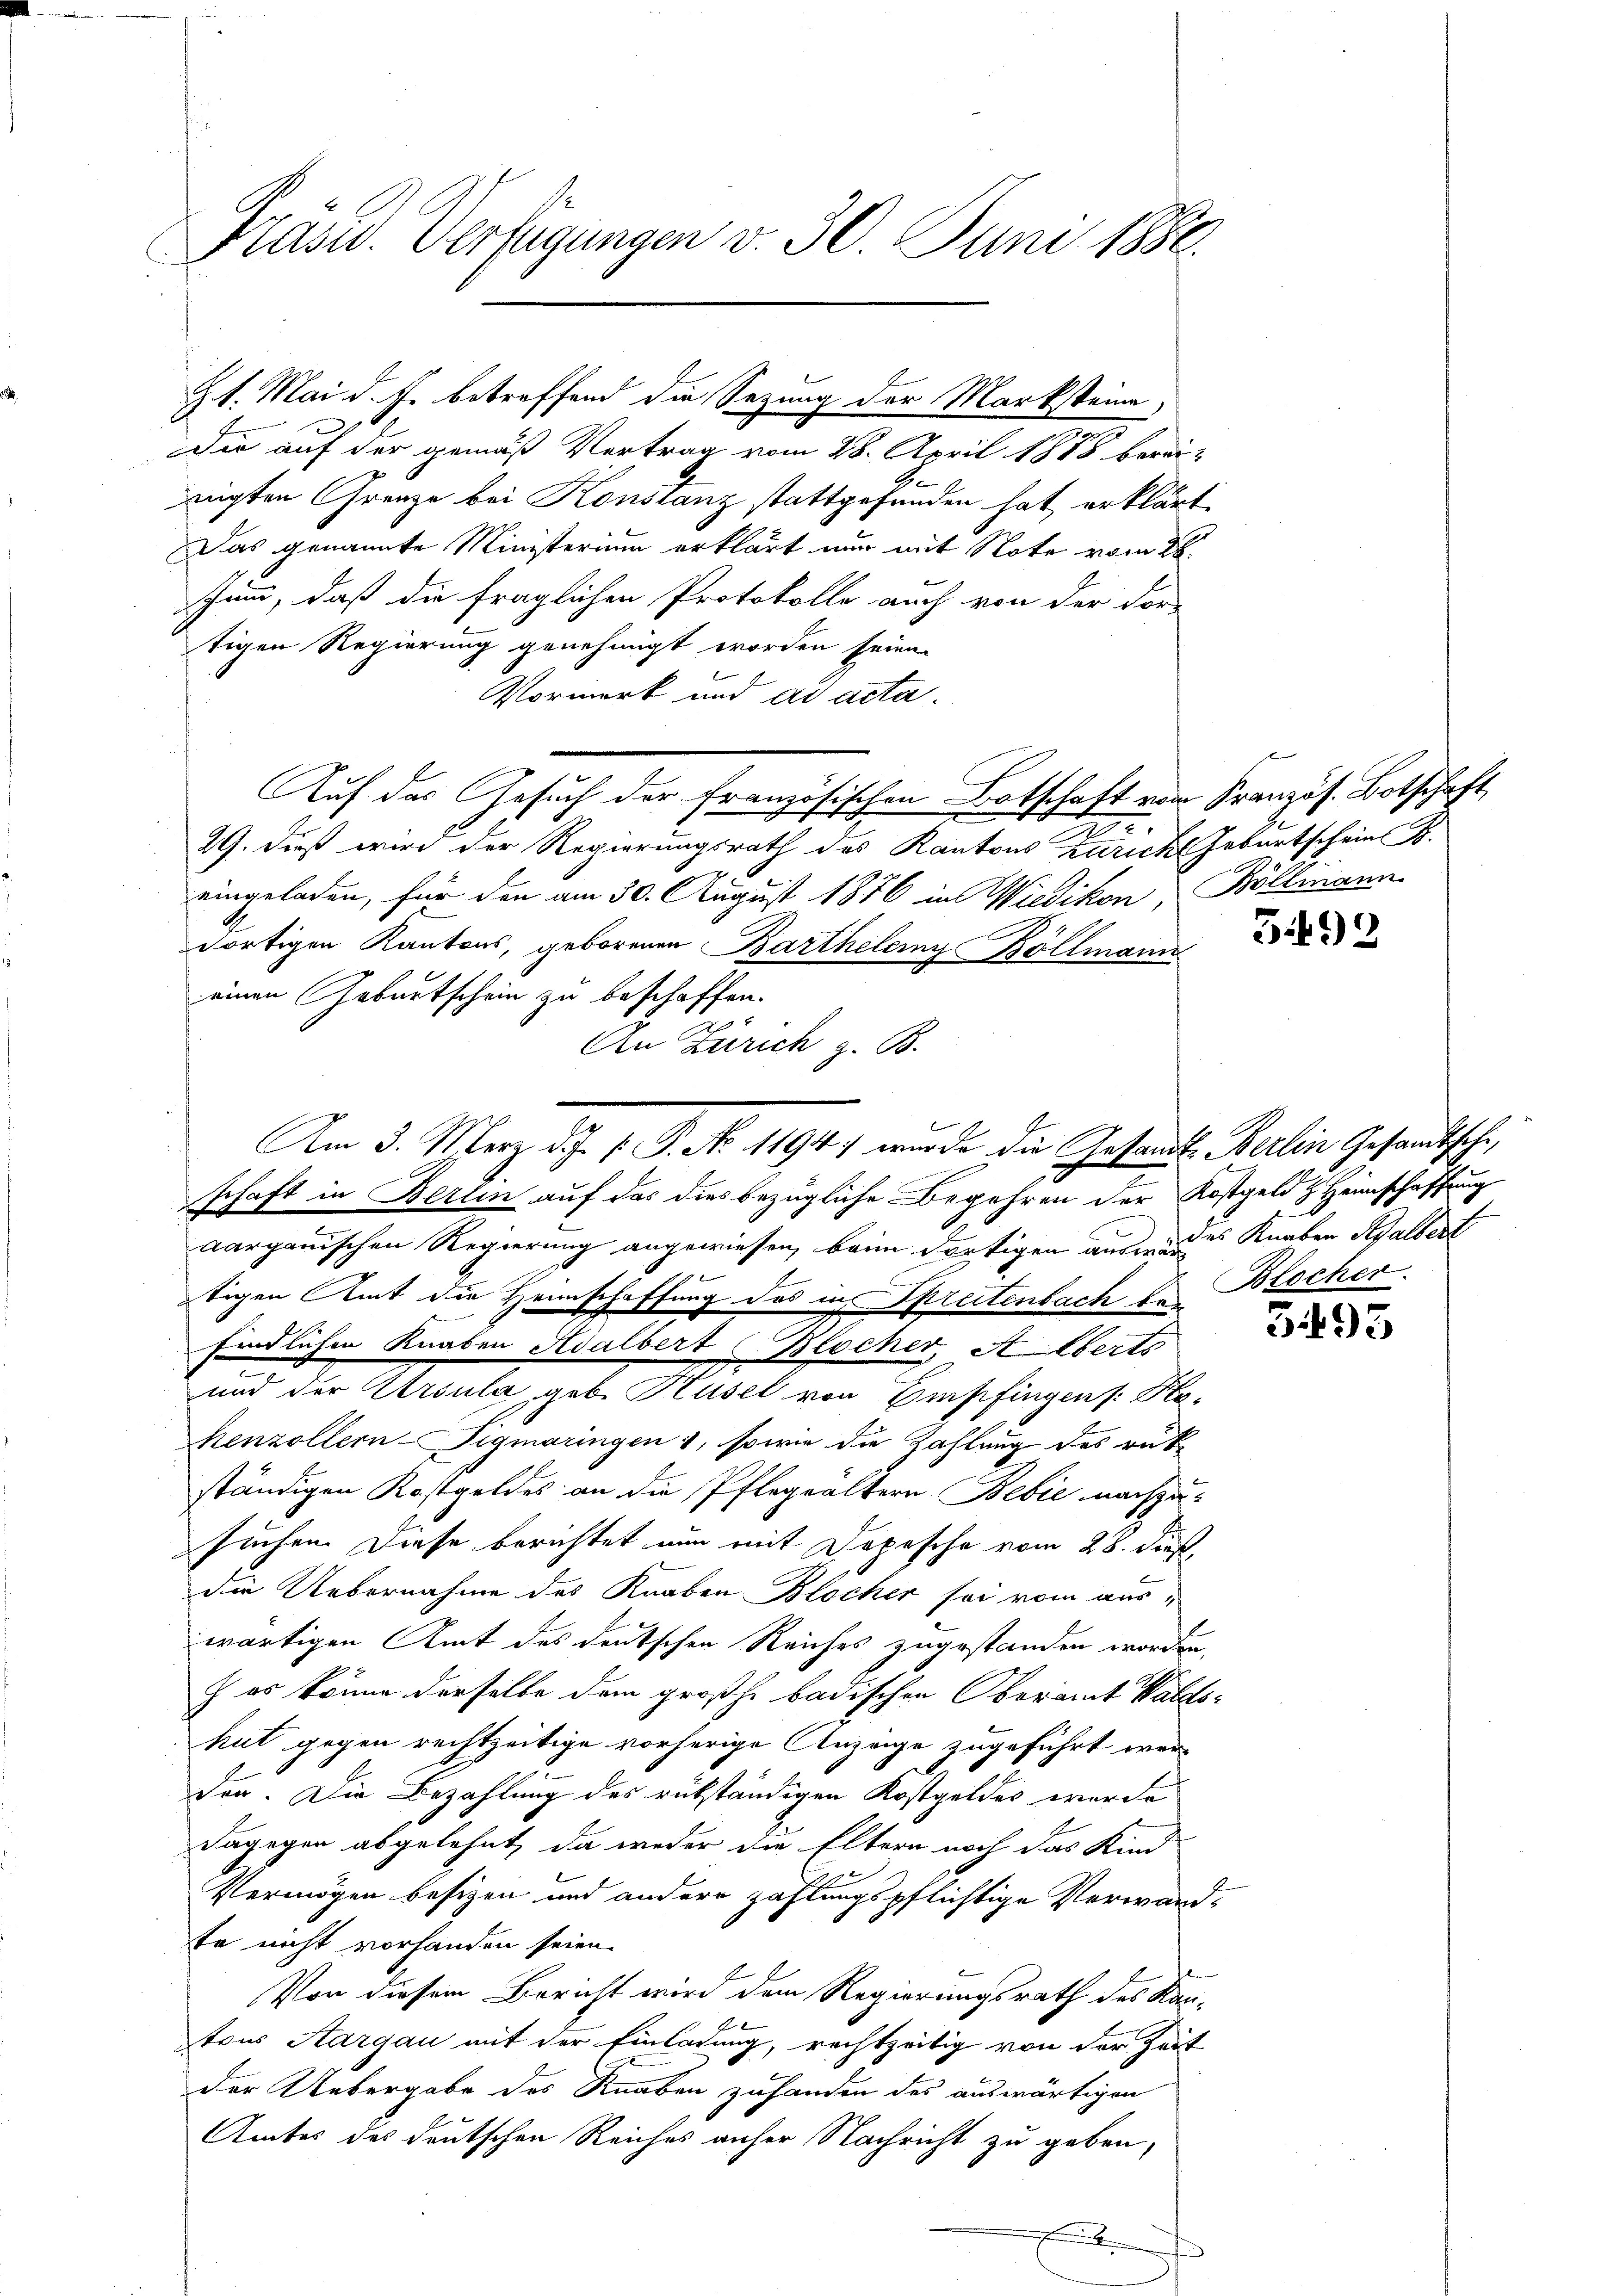
Präsid. Verfügungen v. 30. Juni 1886.

Z 1. Mai d. J. betreffend die Sezung der Marksteine

Die auf der gemäß Vertrag vom 28. April 1888 berei-
zeigten Grenze bei Konstanz stattgefunden hat erklärt
Das genannte Ministerium erklärt nur mit Note vom 26.
Jun, daß die fraglichen Protokolle auch von der For-
tigen Regierung genehmigt worden seien.
Vormerk und ad acta.
Auf das Gesuch der französischen Botschaft vom Kranzös. Botschaft
I.
29. dieß wird der Regierungsrath des Kantons Zürich Geburtschein B.
eingeladen, für den am 30. August 1876 in Wiedikon, Böllmann
dortigen Kantons, geborenen Barthelemy Böllmann
einen Geburtschein zu beschaffen.
An Zürich z. B.
schaft in Berlin auf das dies bezügliche Begehren der Kostgeld z. Heinschaffung
aargauischen Regierung angewiesen, beim dortigen aus des Knaben Adalbert
tigen Amt die Heimschaffung des in Spreitenbach u. Blocher
findlichen Knaben Adalbert Blocher, Alberts
und der Ursula, geb. Husel von Empfingen /: Kla-
henzollern-Sigmaringen 1, sowie die Zahlung des rükständigen Kostgeldes an die Pflegeältern Besie nachzusuchen. Diese berichtet nun mit Depesche vom 28. dieß,
die Uebernahme des Knaben Blocher sei vom aus-
wärtigen Amt des deutschen Reiches zugestanden worden,
) es könne derselbe dem großh. badischen Oberamt Waldshut gegen rechtzeitige vorherige Anzeige zugeführt werden. Die Bezahlung des rükständigen Kostgeldes werde
dagegen abgelehnt, da weder die Eltern noch das Kind
Vermögen besizen und andere zahlungspflichtige Verwand-
te nicht vorhanden seien.
Von diesem Bericht wird dem Regierungsrath des Kan-
tons Aargau mit der Einladung, rechtzeitig von der Zeit
der Uebergabe des Knaben zuhanden des auswärtigen
Amtes des deutschen Reiches anher Nachricht zu geben,
.

Am 3. März d. J. J. P. No. 11947 wurde die Gesandts Berlin Gesandtsche

392

3493